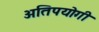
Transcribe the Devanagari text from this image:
अतिपयोगी